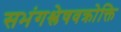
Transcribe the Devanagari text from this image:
सभंगश्लेषवक्रोक्ति